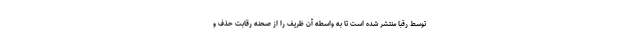
توسط رقبا منتشر شده است تا به واسطه آن ظریف را از صحنه رقابت حذف و